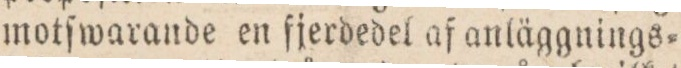
motſwarande en ſjerdedel af anläggnings=